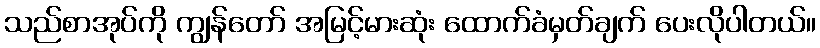
သည်စာအုပ်ကို ကျွန်တော် အမြင့်မားဆုံး ထောက်ခံမှတ်ချက် ပေးလိုပါတယ်။